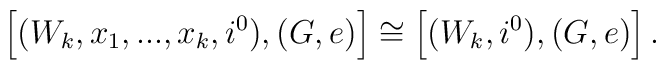
\left[ (W_k, x_1,...,x_k, i^0), (G,e)\right]\cong\left[ (W_k, i^0),(G,e)\right] .